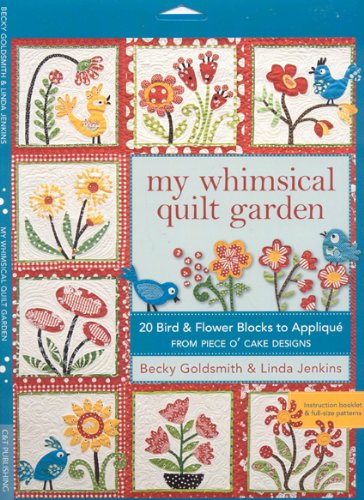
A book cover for My Whimsical Quilt Garden: 20 Bird & Flower Blocks to Applique from Piece O'Cake Designs; Becky Goldsmith; Crafts, Hobbies & Home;